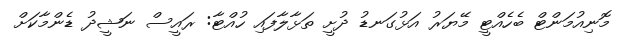
މޮނިއުމަންޓް ބެހެއްޓީ މޭޔަރު އަޅުގަނޑު ދުށީ ތަޅާލާފައި ހުއްޓާ: ރައީސް ނަޝީދު ޑެންމާކަށް